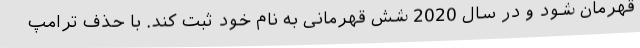
قهرمان شود و در سال 2020 شش قهرمانی به نام خود ثبت کند. با حذف ترامپ